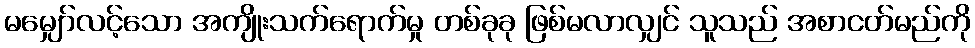
မမျှော်လင့်သော အကျိုးသက်ရောက်မှု တစ်ခုခု ဖြစ်မလာလျှင် သူသည် အစာငတ်မည်ကို